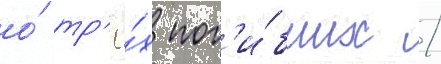
о́ тр'ё́х пог'и́бших /